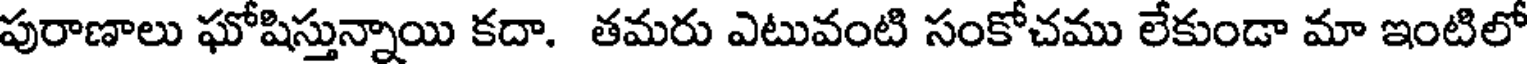
పురాణాలు ఘోషిస్తున్నాయి కదా. తమరు ఎటువంటి సంకోచము లేకుండా మా ఇంటిలో